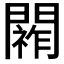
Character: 𮤞